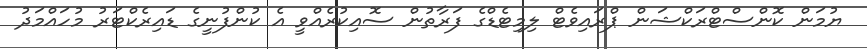
ޔުމަން ކޮންސްޓްރަކްޝަން ޕްރައިވެޓް ލިމިޓެޑްގެ ފަރާތުން ސޮއިކުރެއްވީ އެ ކުންފުނީގެ ޑައިރެކްޓަރު މުހައްމަދު